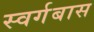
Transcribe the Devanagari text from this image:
स्वर्गबास